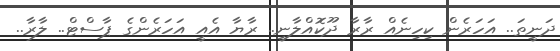
ދަނީތަ.. އަހަރެން ކިހިނެއް ރާރާ ދޫކޮއްލާނީ.. ރާޔާ އެއީ އަހަރެންގެ ޕާސްޓް.. ލާރާ..